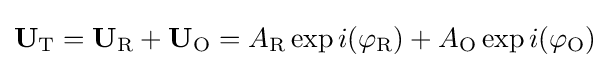
\mathbf {U} _{\text{T}}=\mathbf {U} _{\text{R}}+\mathbf {U} _{\text{O}}=A_{\text{R}}\exp {i(\varphi _{\text{R}})}+A_{\text{O}}\exp {i(\varphi _{\text{O}})}